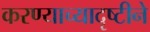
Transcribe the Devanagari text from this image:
करण्याच्यादृष्टीने